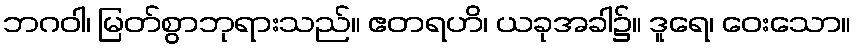
ဘဂဝါ၊ မြတ်စွာဘုရားသည်။ ဧတရဟိ၊ ယခုအခါ၌။ ဒူရေ၊ ဝေးသော။